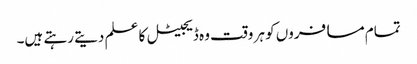
تمام مسافروں کو ہر وقت وہ ڈیجیٹل کا علم دیتے رہتے ہیں۔